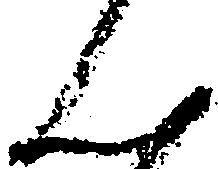
ん